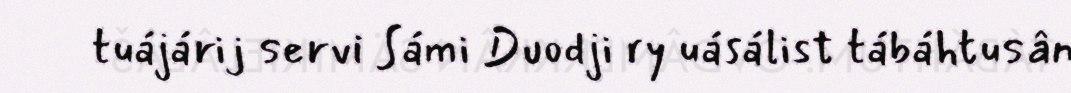
tuájárij servi Sámi Duodji ry uásálist tábáhtusân